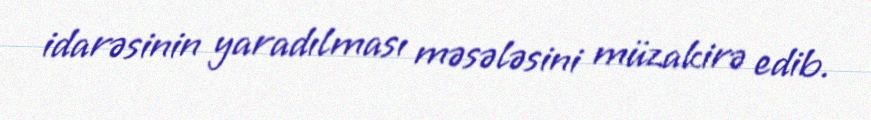
idarəsinin yaradılması məsələsini müzakirə edib.